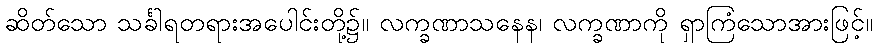
ဆိတ်သော သင်္ခါရတရားအပေါင်းတို့၌။ လက္ခဏာသနေန၊ လက္ခဏာကို ရှာကြံသောအားဖြင့်။